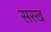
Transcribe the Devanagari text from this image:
सरख